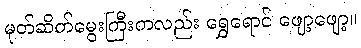
မုတ်ဆိတ်မွေးကြီးကလည်း ရွှေရောင် ဖျော့ဖျော့။